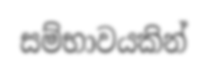
සම්භාවයකින්